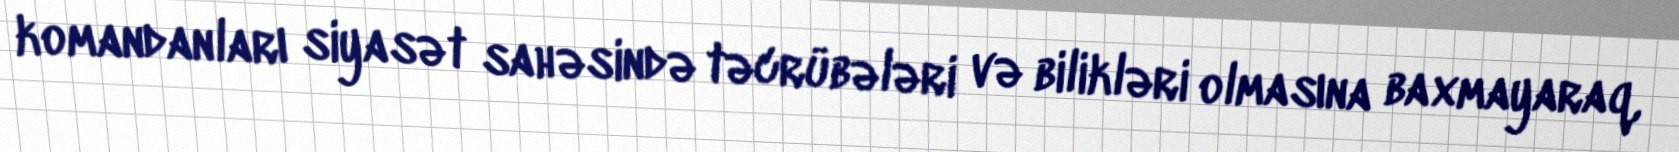
komandanları siyasət sahəsində təcrübələri və bilikləri olmasına baxmayaraq,